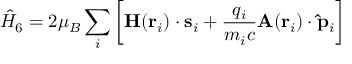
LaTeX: { \hat { H } } _ { 6 } = 2 \mu _ { B } \sum _ { i } \left[ \mathbf { H } ( \mathbf { r } _ { i } ) \cdot \mathbf { s } _ { i } + { \frac { q _ { i } } { m _ { i } c } } \mathbf { A } ( \mathbf { r } _ { i } ) \cdot \mathbf { \hat { p } } _ { i } \right]